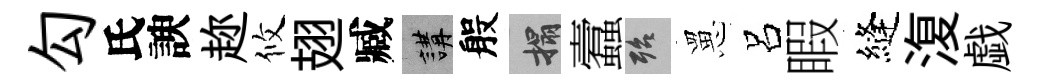
勾氏諛趂攸翅臧講般搨蠧殆罳呂睱縫𣸪戯